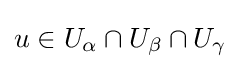
u\in U_{\alpha }\cap U_{\beta }\cap U_{\gamma }